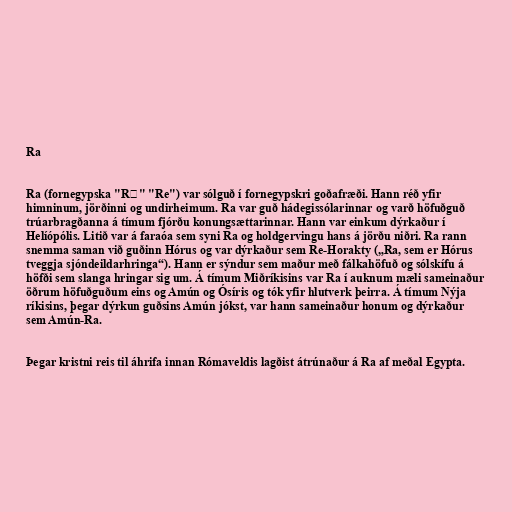
Ra

Ra (fornegypska "Rꜥ" "Re") var sólguð í fornegypskri goðafræði. Hann réð yfir
himninum, jörðinni og undirheimum. Ra var guð hádegissólarinnar og varð höfuðguð
trúarbragðanna á tímum fjórðu konungsættarinnar. Hann var einkum dýrkaður í
Helíópólis. Litið var á faraóa sem syni Ra og holdgervingu hans á jörðu niðri. Ra rann
snemma saman við guðinn Hórus og var dýrkaður sem Re-Horakty („Ra, sem er Hórus
tveggja sjóndeildarhringa“). Hann er sýndur sem maður með fálkahöfuð og sólskífu á
höfði sem slanga hringar sig um. Á tímum Miðríkisins var Ra í auknum mæli sameinaður
öðrum höfuðguðum eins og Amún og Ósíris og tók yfir hlutverk þeirra. Á tímum Nýja
ríkisins, þegar dýrkun guðsins Amún jókst, var hann sameinaður honum og dýrkaður
sem Amún-Ra.

Þegar kristni reis til áhrifa innan Rómaveldis lagðist átrúnaður á Ra af meðal Egypta.